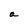
Character: a